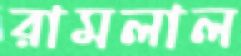
রামলাল